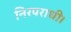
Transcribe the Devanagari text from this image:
निरपराधी।